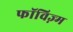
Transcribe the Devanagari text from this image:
फॉविज़्म